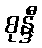
စုန္ဒီ